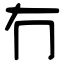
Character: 冇